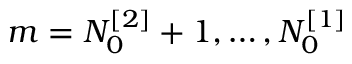
m = N _ { 0 } ^ { [ 2 ] } + 1 , \dots , N _ { 0 } ^ { [ 1 ] }